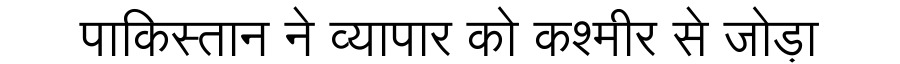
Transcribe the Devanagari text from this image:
पाकिस्तान ने व्यापार को कश्मीर से जोड़ा